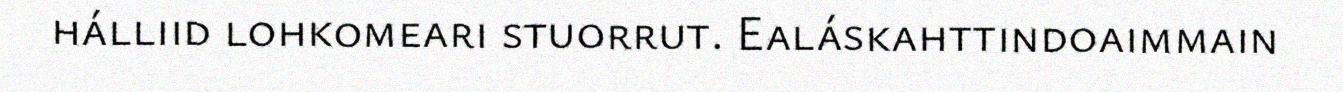
hálliid lohkomeari stuorrut. Ealáskahttindoaimmain